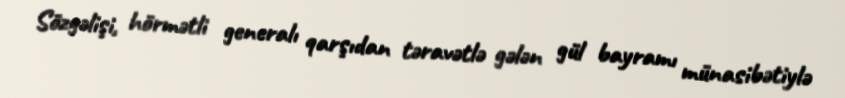
Sözgəlişi, hörmətli generalı qarşıdan təravətlə gələn gül bayramı münasibətiylə